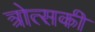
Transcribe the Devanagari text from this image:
त्रोत्सकी